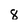
Character: 8